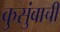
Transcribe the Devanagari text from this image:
कुसुंबाची